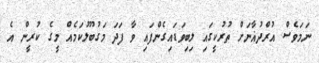
ނަމަވެސް އުރްދުޣާނަށް ތުރުކީގައި ލިބިވަޑައިގެންފައި ވާ ފަދަ މަގުބޫލުކަމެއް މީގެ ކުރީން އެ